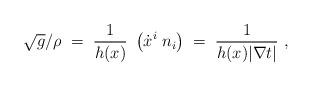
LaTeX: \begin{align*}\sqrt{g} / \rho \;=\; \frac{1}{h (x)} \ \left( \dot{x}^i\;n_i\right)\;=\; \frac{1}{h (x) |\nabla t|} \ ,\end{align*}